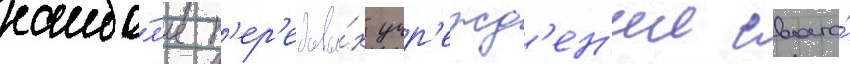
наибо́л'ее п'ер'едовы́х учр'ежд'ен'ии своего́